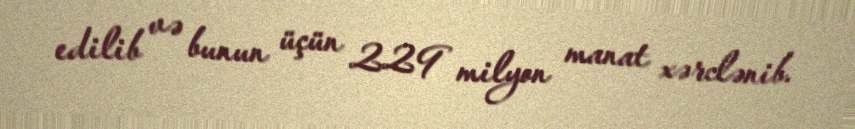
edilib və bunun üçün 229 milyon manat xərclənib.